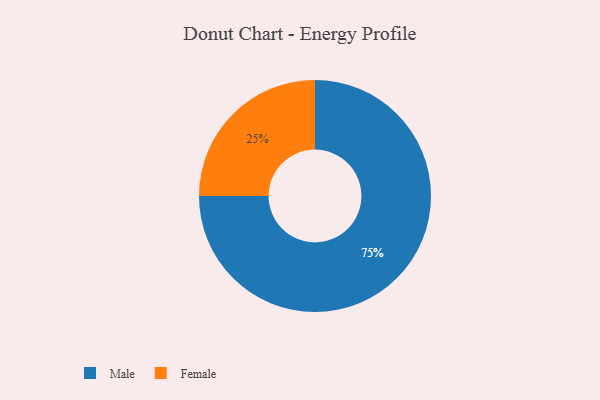
{"axis": {"x": "Category", "y": "Percentage"}, "legend": ["Female", "Male"], "data": [{"x": "Male", "y": 75, "type": "Male"}, {"x": "Female", "y": 25, "type": "Female"}]}